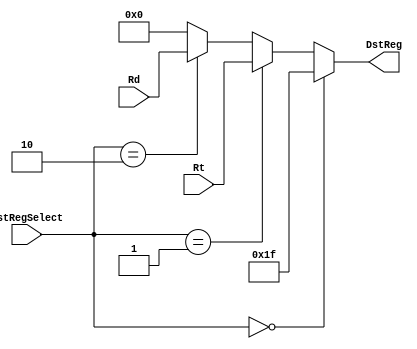
`timescale 1ns / 1ps
//////////////////////////////////////////////////////////////////////////////////
// Company: 
// Engineer: 
// 
// Design Name: 
// Module Name: data_select_5_3
// Project Name: 
// Target Devices: 
// Tool Versions: 
// Description: 
// 
// Dependencies: 
// 
// Revision:
// Revision 0.01 - File Created
// Additional Comments:
// 
//////////////////////////////////////////////////////////////////////////////////


module data_select_5_3(
    input [1:0] DstRegSelect,
    input [4:0] Rt,
    input [4:0] Rd,
    output reg [4:0] DstReg
    );
    
    always@(*) begin
        if(DstRegSelect==2'b00) DstReg = 5'h1f;
        else if(DstRegSelect==2'b01) DstReg = Rt;
        else if(DstRegSelect==2'b10) DstReg = Rd;
        else DstReg = 4'b00;
    end  
endmodule